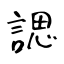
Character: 諰